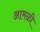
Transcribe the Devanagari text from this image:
आमळी